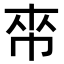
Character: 𢂯